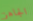
الجاهز